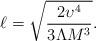
LaTeX: \begin{align*}\ell = \sqrt{2\upsilon^4 \over 3\Lambda M^3}.\end{align*}